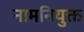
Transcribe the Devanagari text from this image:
नामनियुक्त